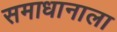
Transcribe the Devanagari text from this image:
समाधानाला